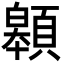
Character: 䫧